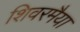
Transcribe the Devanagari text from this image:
शिवरमैया